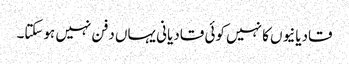
قادیانیوں کا نہیں کوئی قادیانی یہاں دفن نہیں ہوسکتا۔